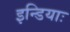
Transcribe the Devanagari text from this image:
इन्डियाः